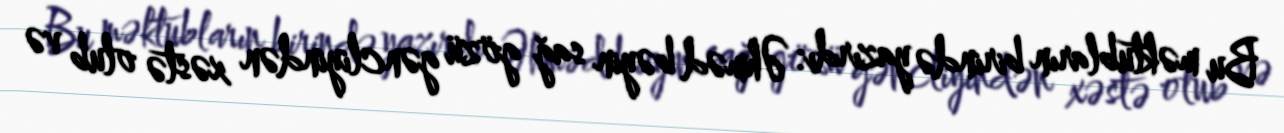
Bu məktubların birində yazırdı: Əhməd bəyin sağ gözü gəncliyindən xəstə olub və